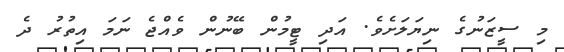
މި ސީޒަނުގެ ނިޔަލަށެވެ. އަދި ޓީމުން ބޭނުން ވެއްޖެ ނަމަ އިތުރު ދެ